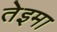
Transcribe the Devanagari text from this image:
तेइमा